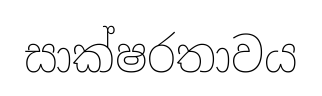
සාක්ෂරතාවය